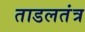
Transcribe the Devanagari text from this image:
ताडलतंत्र